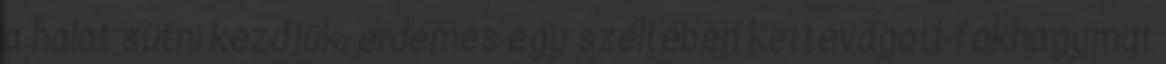
a halat sütni kezdjük, érdemes egy széltében kettévágott fokhagymát